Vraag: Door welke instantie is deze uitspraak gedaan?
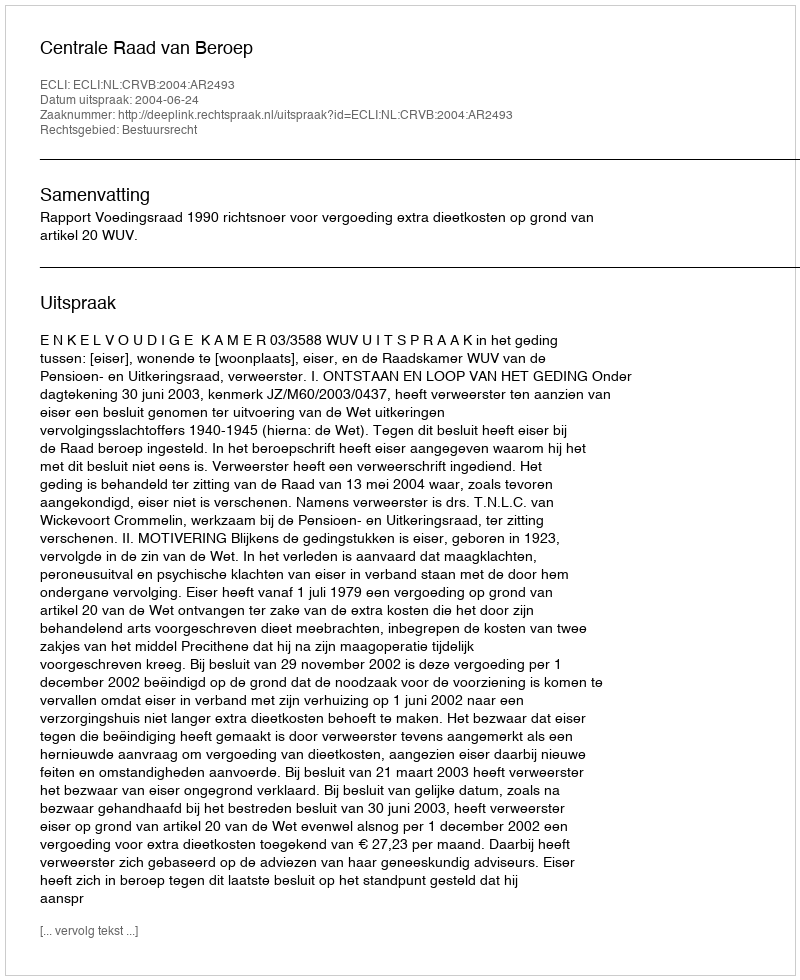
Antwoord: Centrale Raad van Beroep